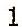
1